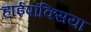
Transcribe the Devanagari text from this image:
हाईपॉक्सिया